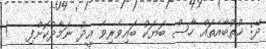
ދޭ: ޚުތުބާއެތައް ހާސް ބަޔަކު ބައިވެރިވެ އީދު ނަމާދުކޮށްފި   !